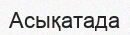
Асықатада